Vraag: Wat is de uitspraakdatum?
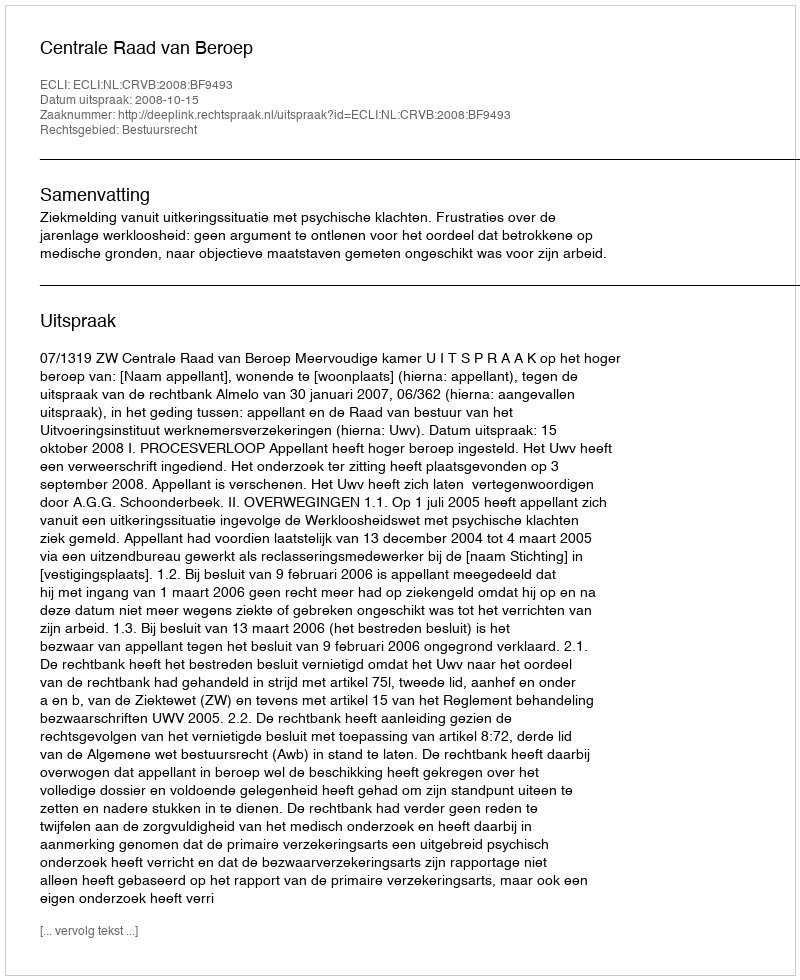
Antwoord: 2008-10-15